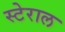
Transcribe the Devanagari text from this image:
स्टेराल